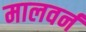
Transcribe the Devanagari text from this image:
मालवर्न